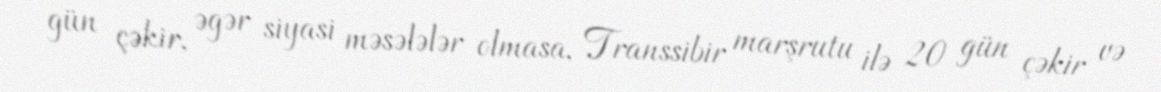
gün çəkir, əgər siyasi məsələlər olmasa, Transsibir marşrutu ilə 20 gün çəkir və